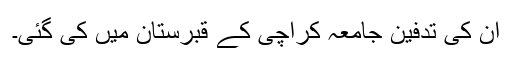
ان کی تدفین جامعہ کراچی کے قبرستان میں کی گئی۔